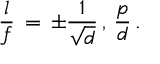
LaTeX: { \frac { l } { f } } \, = \, \pm { \frac { 1 } { \sqrt { d } } } \, , \, { \frac { p } { d } } \, .